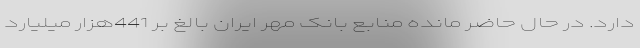
دارد. در حال حاضر مانده منابع بانک مهر ایران بالغ بر 441هزار میلیارد